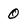
Character: 0